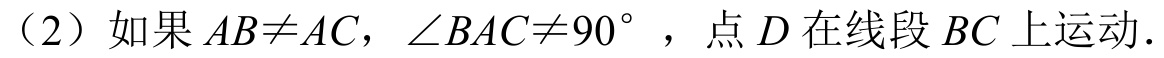
（2）如果\(AB\neq AC\)，\(\angle BAC\neq 90^{\circ}\)，点 \(D\) 在线段 \(BC\) 上运动.